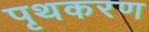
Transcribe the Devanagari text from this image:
पृथकरण